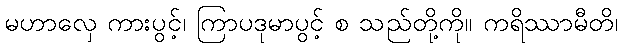
မဟာလှေ ကားပွင့်၊ ကြာပဒုမာပွင့် စ သည်တို့ကို။ ကရိဿာမီတိ၊